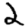
Digit: 2